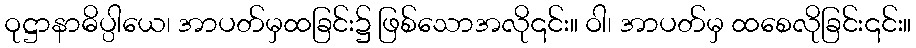
ဝုဋ္ဌာနာဓိပ္ပါယေ၊ အာပတ်မှထခြင်း၌ ဖြစ်သောအလို၎င်း။ ဝါ၊ အာပတ်မှ ထစေလိုခြင်း၎င်း။